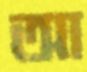
আ